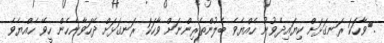
.	ވާހަކަ ރަނގަޅަށް ކިޔައިދެވުނު ހެއްޔެވެ ބެލުންތެރިންނަށް ވާހަކަ ރަނގަޅަށް ދޭހަވާނެހެން ހީވޭ ހެއްޔެވެ